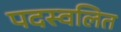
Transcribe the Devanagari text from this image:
पदस्वलित